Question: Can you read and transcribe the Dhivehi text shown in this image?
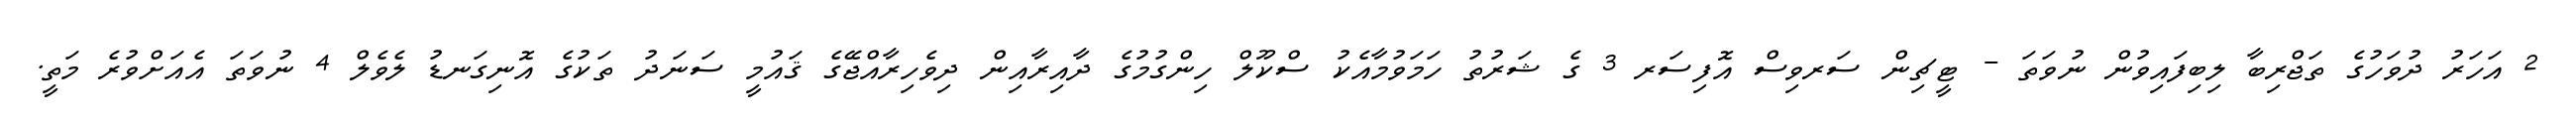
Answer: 2 އަހަރު ދުވަހުގެ ތަޖްރިބާ ލިބިފައިވުން ނުވަތަ - ޓީޗިން ސަރވިސް އޮފިސަރ 3 ގެ ޝަރުތު ހަމަވުމާއެކު ސްކޫލް ހިންގުމުގެ ދާއިރާއިން ދިވެހިރާއްޖޭގެ ޤައުމީ ސަނަދު ތަކުގެ އޮނިގަނޑު ލެވެލް 4 ނުވަތަ އެއަށްވުރެ މަތީ.